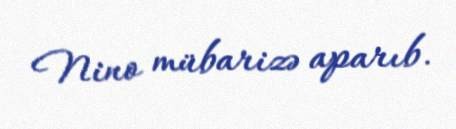
Nino mübarizə aparıb.